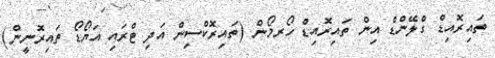
ތައިރޮއިޑް ގްލޭންޑް އިން ތައިރޮއިޑް ހޯރމޯން (ތައިރޮކްސިން އަދި ޓްރައި އަޔޯޑޯ ތައިރޮނީން)